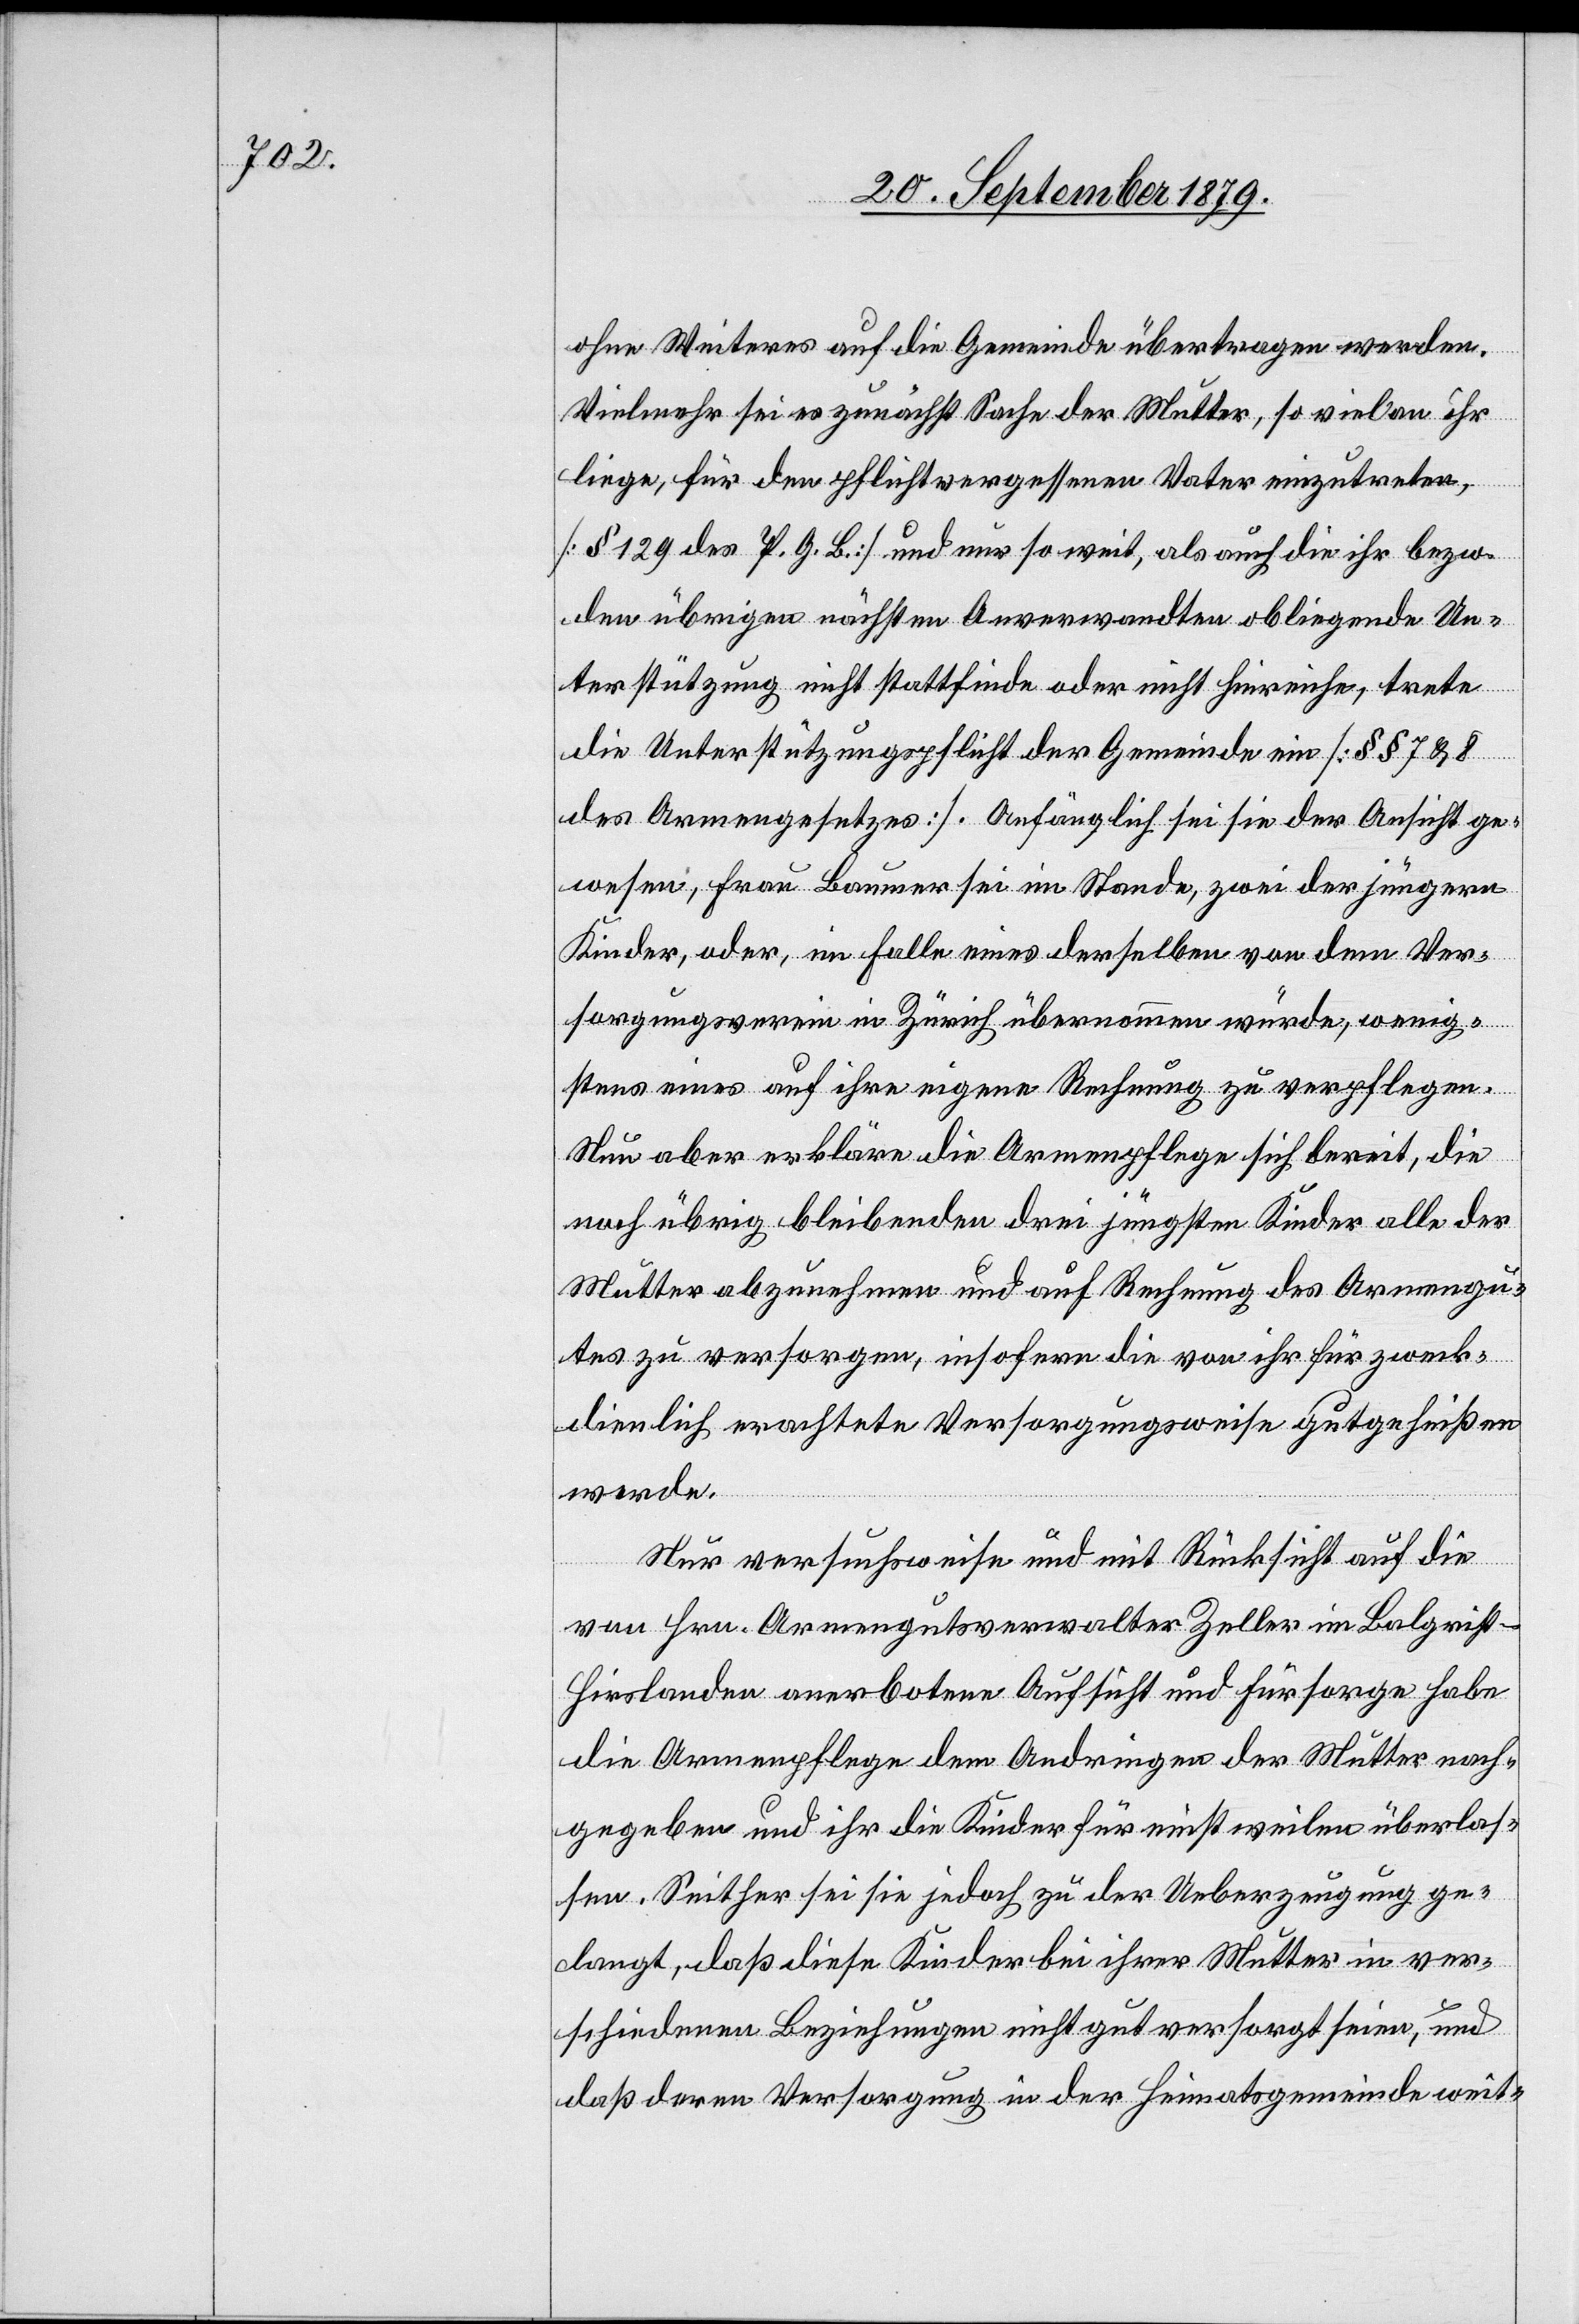
ohne Weiteres auf die Gemeinde übertragen werden.
Vielmehr sei es zunächst Sache der Mutter, so viel an ihr
liege, für den pflichtvergessenen Vater einzutreten,
[§ 129 des P. G. B.] und nur so weit, als auch die ihr bezw.
den übrigen nächsten Anverwandten obliegende Un¬
terstützung nicht stattfinde oder nicht hinreiche, trete
die Unterstützungspflicht der Gemeinde ein [§§ 7 & 8
des Armengesetzes]. Anfänglich sei sie der Ansicht ge¬
wesen, Frau Baumer sei im Stande, zwei der jüngern
Kinder, oder, im Falle eines derselben von dem Ver¬
sorgungsverein in Zürich übernommen würde, wenig¬
stens eines auf ihre eigene Rechnung zu verpflegen.
Nun aber erkläre die Armenpflege sich bereit, die
noch übrig bleibenden drei jüngsten Kinder alle der
Mutter abzunehmen und auf Rechnung des Armengu¬
tes zu versorgen, insofern die von ihr für zweck¬
dienlich erachtete Versorgungsweise gutgeheißen
werde.
Nur versuchsweise und mit Rücksicht auf die
von Hrn. Armengutsverwalter Zeller im Balgrist
Hirslanden anerbotene Aufsicht und Fürsorge habe
die Armenpflege dem Andringen der Mutter nach¬
gegeben und ihr die Kinder für einstweilen überlas¬
sen. Seither sei sie jedoch zu der Ueberzeugung ge¬
langt, daß diese Kinder bei ihrer Mutter in ver¬
schiedenen Beziehungen nicht gut versorgt seien, und
daß deren Versorgung in der Heimatsgemeinde weit-